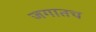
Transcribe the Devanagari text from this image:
जगातच